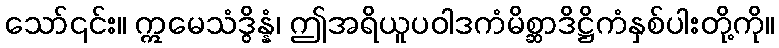
သော်၎င်း။ ဣမေသံဒွိန္နံ၊ ဤအရိယူပဝါဒကံမိစ္ဆာဒိဋ္ဌိကံနှစ်ပါးတို့ကို။